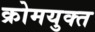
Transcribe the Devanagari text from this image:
क्रोमयुक्त